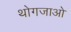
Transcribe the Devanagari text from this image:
थोगजाओ